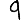
Digit: 9